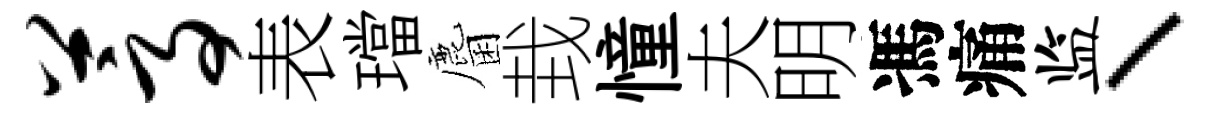
蒿表璫麕㘽憧夫明馮痛监、